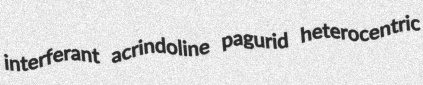
interferant acrindoline pagurid heterocentric